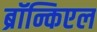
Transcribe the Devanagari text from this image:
ब्रॉन्किएल